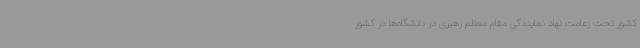
کشور تحت زعامت نهاد نمایندگی مقام معظم رهبری در دانشگاه‌ها در کشور